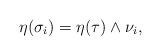
LaTeX: \begin{align*} \eta(\sigma_i) = \eta(\tau)\wedge \nu_i, \end{align*}